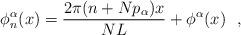
LaTeX: \begin{align*}\phi_n^\alpha(x)=\frac{2\pi (n+Np_\alpha) x}{NL} +\phi^\alpha(x)\ \ ,\end{align*}